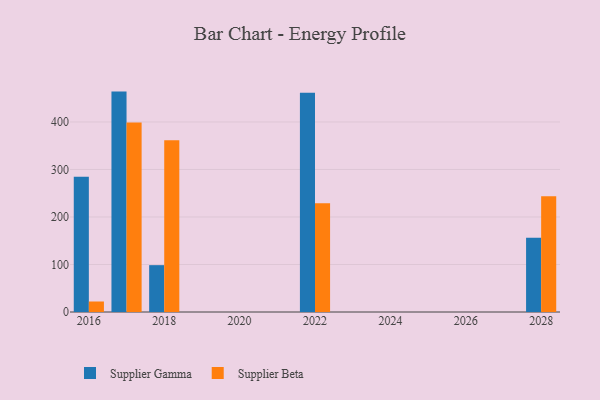
{"axis": {"x": "Year", "y": "Satisfaction Score"}, "legend": ["Supplier Beta", "Supplier Gamma"], "data": [{"x": "2016", "y": 284.9, "type": "Supplier Gamma"}, {"x": "2016", "y": 22.1, "type": "Supplier Beta"}, {"x": "2017", "y": 463.9, "type": "Supplier Gamma"}, {"x": "2017", "y": 398.6, "type": "Supplier Beta"}, {"x": "2028", "y": 156.4, "type": "Supplier Gamma"}, {"x": "2028", "y": 243.4, "type": "Supplier Beta"}, {"x": "2018", "y": 98.6, "type": "Supplier Gamma"}, {"x": "2018", "y": 361.6, "type": "Supplier Beta"}, {"x": "2022", "y": 461.3, "type": "Supplier Gamma"}, {"x": "2022", "y": 229.0, "type": "Supplier Beta"}]}